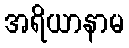
အရိယာနာမ